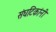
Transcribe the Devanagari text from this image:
संघटिकांनी